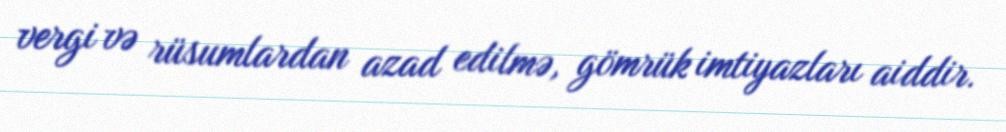
vergi və rüsumlardan azad edilmə, gömrük imtiyazları aiddir.